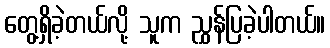
တွေ့ရှိခဲ့တယ်လို့ သူက ညွှန်ပြခဲ့ပါတယ်။